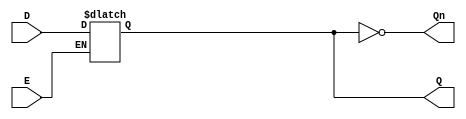
module GatedDLatch (
    input wire D,    // Data input
    input wire E,    // Enable input
    output reg Q,    // Output signal
    output wire Qn   // Complement of Q
);

// Complement of Q
assign Qn = ~Q;

// Always block to model the behavior of the Gated D Latch
always @ (D or E) begin
    if (E) begin
        Q <= D; // When E is high, Q follows D
    end
    // When E is low, Q retains its last value (no change)
end

endmodule